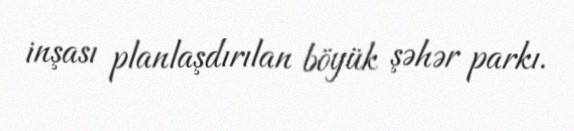
inşası planlaşdırılan böyük şəhər parkı.